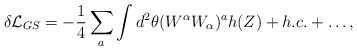
\begin{align*}\delta{\cal L}_{GS}=-\frac{1}{4}\sum_a\int d^2\theta (W^{\alpha}W_{\alpha})^ah(Z)+h.c.+\dots,\end{align*}